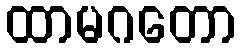
ထာမဂတော